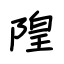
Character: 隍